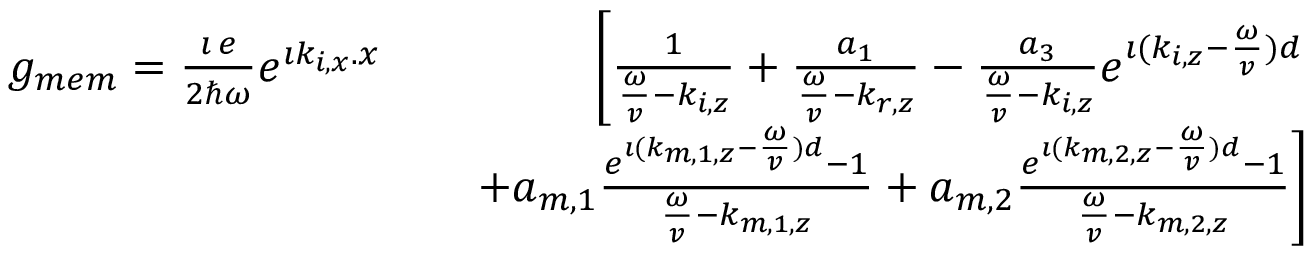
\begin{array} { r l r } { g _ { m e m } = \frac { \imath \, e } { 2 \hbar \omega } e ^ { \imath k _ { i , x } . x } } & { } & { \left[ \frac { 1 } { \frac { \omega } { v } - k _ { i , z } } + \frac { a _ { 1 } } { \frac { \omega } { v } - k _ { r , z } } - \frac { a _ { 3 } } { \frac { \omega } { v } - k _ { i , z } } e ^ { \imath ( k _ { i , z } - \frac { \omega } { v } ) d } \right. } \\ & { } & { \left. + a _ { m , 1 } \frac { e ^ { \imath ( k _ { m , 1 , z } - \frac { \omega } { v } ) d } - 1 } { \frac { \omega } { v } - k _ { m , 1 , z } } + a _ { m , 2 } \frac { e ^ { \imath ( k _ { m , 2 , z } - \frac { \omega } { v } ) d } - 1 } { \frac { \omega } { v } - k _ { m , 2 , z } } \right] } \end{array}